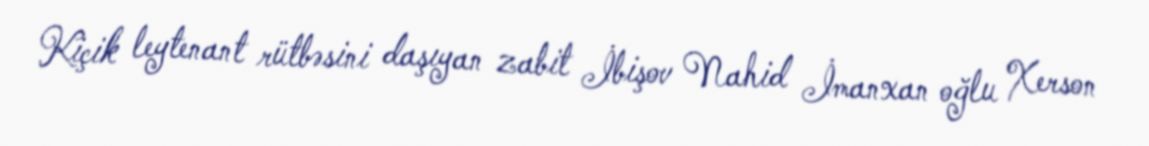
Kiçik leytenant rütbəsini daşıyan zabit İbişov Nahid İmanxan oğlu Xerson